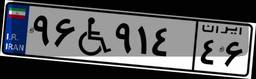
۷۲W۳۲۸۶۹